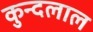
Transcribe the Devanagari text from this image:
कुन्दलाल